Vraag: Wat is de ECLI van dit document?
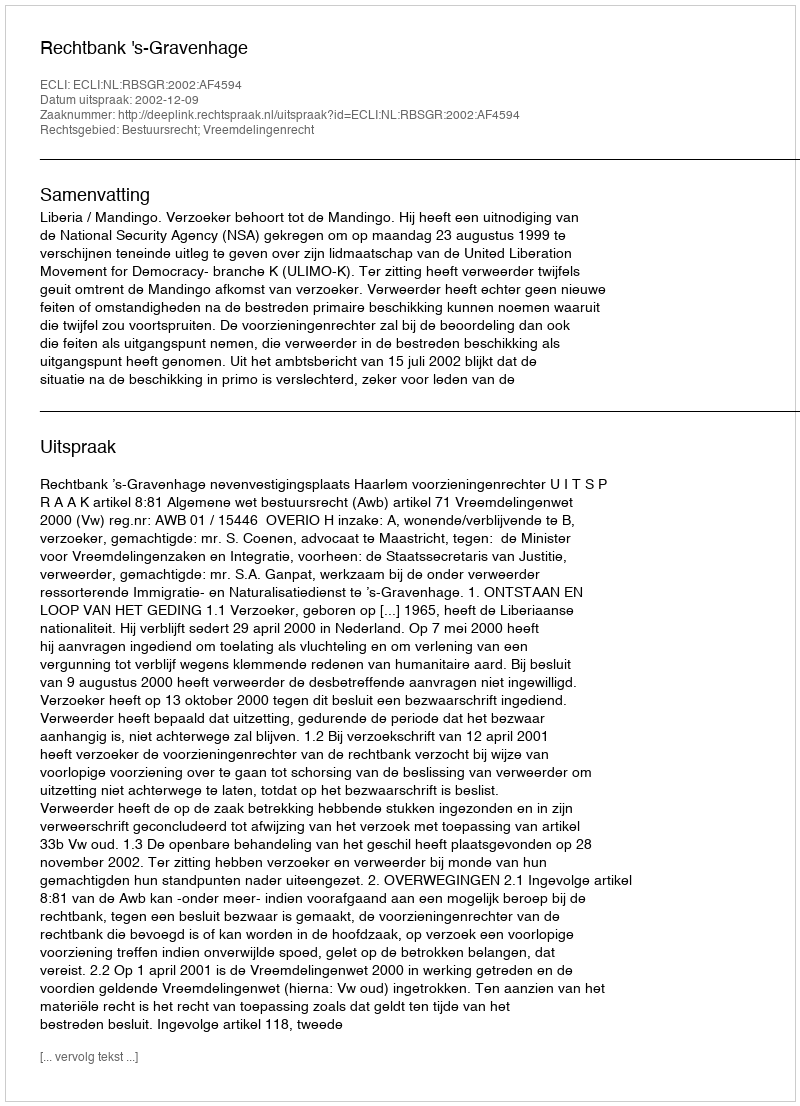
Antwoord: ECLI:NL:RBSGR:2002:AF4594